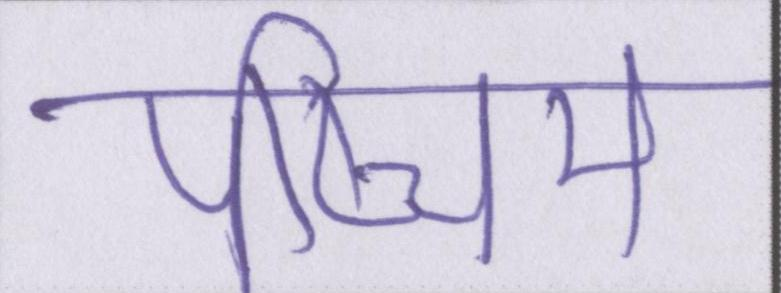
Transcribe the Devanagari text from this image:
पष्चिम